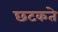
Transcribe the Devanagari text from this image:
छटकते